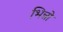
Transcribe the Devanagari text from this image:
भिन्नो